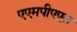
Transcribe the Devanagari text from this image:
एएमपीएएस